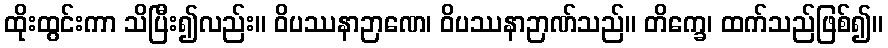
ထိုးထွင်းကာ သိပြီး၍လည်း။ ဝိပဿနာဉာဏေ၊ ဝိပဿနာဉာဏ်သည်။ တိက္ခေ၊ ထက်သည်ဖြစ်၍။